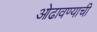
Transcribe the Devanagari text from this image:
ओढावण्याची